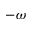
- \omega